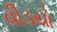
વીડયો